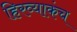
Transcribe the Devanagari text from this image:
हिरव्याकंच